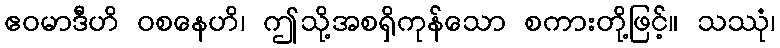
ဧဝမာဒီဟိ ဝစနေဟိ၊ ဤသို့အစရှိကုန်သော စကားတို့ဖြင့်။ သဿုံ၊